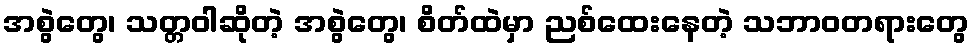
အစွဲတွေ၊ သတ္တဝါဆိုတဲ့ အစွဲတွေ၊ စိတ်ထဲမှာ ညစ်ထေးနေတဲ့ သဘာဝတရားတွေ